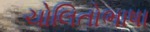
ચોલિતોભાષા